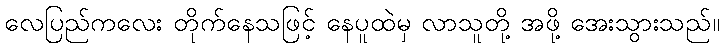
လေပြည်ကလေး တိုက်နေသဖြင့် နေပူထဲမှ လာသူတို့ အဖို့ အေးသွားသည်။